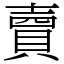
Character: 𧶠